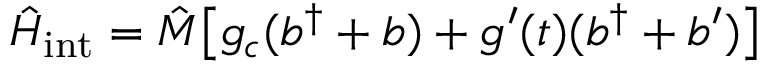
\hat { H } _ { \mathrm { i n t } } = \hat { M } \big [ g _ { c } ( b ^ { \dagger } + b ) + g ^ { \prime } ( t ) ( b ^ { \dagger } + b ^ { \prime } ) \big ]